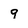
Character: 9